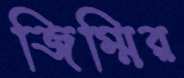
জিম্মির